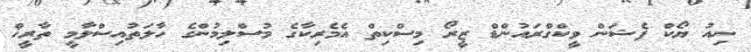
ނިއު ޔޯކް ފެޝަން ވީކްގްރައުންޑް ޒީރޯ މިސްކިތް އެމެރިކާގެ މުސްލިމުންގެ ހާލަތުއިސްލާމީ ތާރީޚް